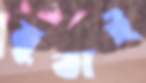
মুতাই